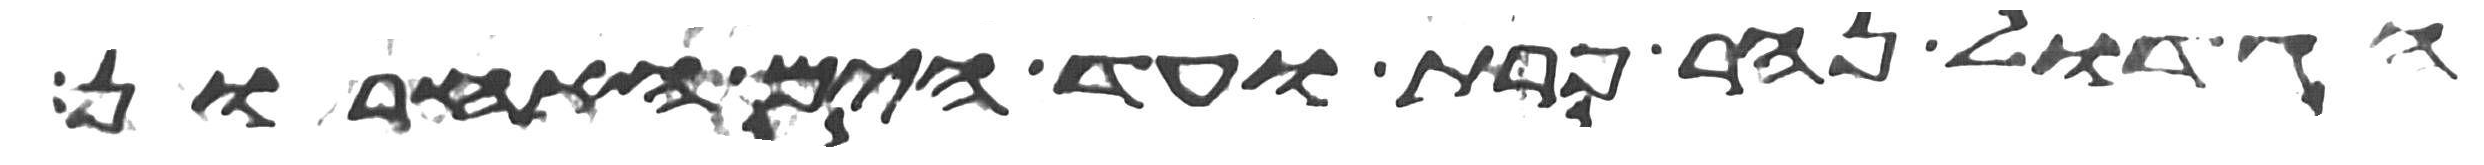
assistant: הגדול נהר פרת ועד הים האחרון